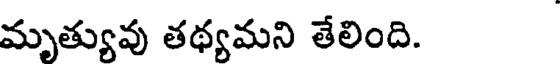
మృత్యువు తథ్యమని తేలింది.